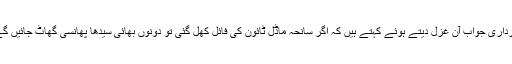
زرداری جواب آن غزل دیتے ہوئے کہتے ہیں کہ اگر سانحہ ماڈل ٹائون کی فائل کھل گئی تو دونوں بھائی سیدھا پھانسی گھاٹ جائیں گے۔